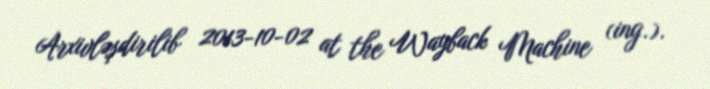
Arxivləşdirilib 2013-10-02 at the Wayback Machine (ing.).